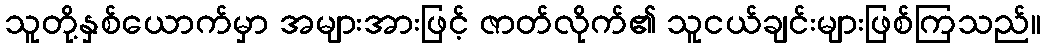
သူတို့နှစ်ယောက်မှာ အများအားဖြင့် ဇာတ်လိုက်၏ သူငယ်ချင်းများဖြစ်ကြသည်။